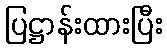
ပြဋ္ဌာန်းထားပြီး